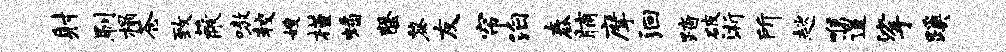
射刷榻苍致蔽嗷较嫂槿蟠罄黎友帘泊舂脯摩洄踏破浙所趑喉遑挲蹊